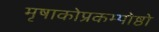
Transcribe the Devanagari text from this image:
मृषाकोप्रकम्पोष्ठो